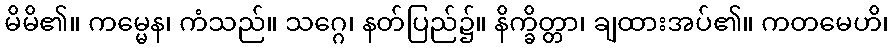
မိမိ၏။ ကမ္မေန၊ ကံသည်။ သဂ္ဂေ၊ နတ်ပြည်၌။ နိက္ခိတ္တာ၊ ချထားအပ်၏။ ကတမေဟိ၊